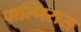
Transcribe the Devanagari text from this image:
पाल्मिरास